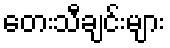
တေးသီချင်းများ